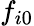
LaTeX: f_{i0}